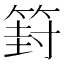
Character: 篈